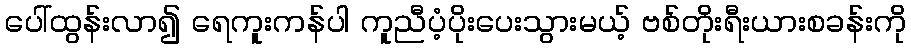
ပေါ်ထွန်းလာ၍ ရေကူးကန်ပါ ကူညီပံ့ပိုးပေးသွားမယ့် ဗစ်တိုးရီးယားစခန်းကို